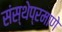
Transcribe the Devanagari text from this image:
संस्थेप्रमाणे